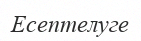
Есептелуге